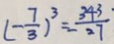
( - \frac { 7 } { 3 } ) ^ { 3 } = \frac { 3 4 3 } { 2 7 }